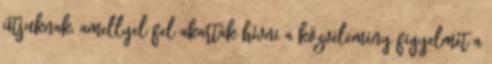
útjuknak, amellyel fel akarták hívni a közvélemény figyelmét a